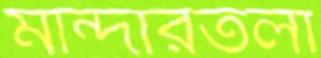
মান্দারতলা